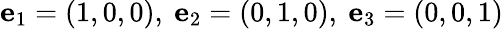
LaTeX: {\mathbf{e}}_{1}=(1,0,0),\ {\mathbf{e}}_{2}=(0,1,0),\ {\mathbf{e}}_{3}=(0,0,1)